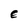
Character: E